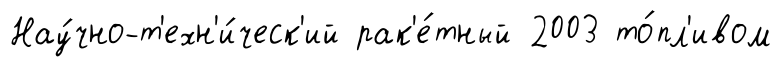
Нау́чно-т'ехн'и́ческ'ий рак'е́тный 2003 то́пл'ивом